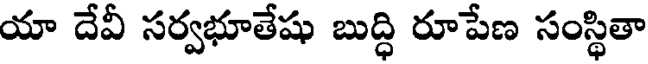
యా దేవీ సర్వభూతేషు బుద్ధి రూపేణ సంస్థితా